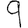
Digit: 9